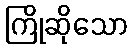
ကြိုဆိုသော